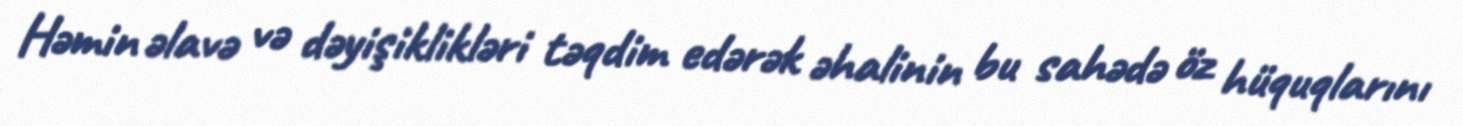
Həmin əlavə və dəyişiklikləri təqdim edərək əhalinin bu sahədə öz hüquqlarını